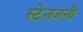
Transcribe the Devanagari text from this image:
स्टेनजनी